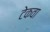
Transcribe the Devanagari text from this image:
टेकवा